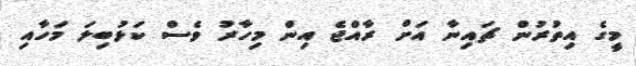
މީގެ އިތުރުން ޗައިނާ އަށް ރާއްޖެ އިން މިހާރު ވެސް ކަޅުބިލަ މަހާއި